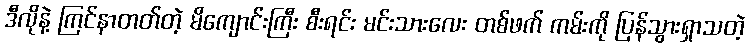
ဒီလိုနဲ့ ကြင်နာတတ်တဲ့ မိကျောင်းကြီး စီးရင်း မင်းသားလေး တစ်ဖက် ကမ်းကို ပြန်သွားရှာသတဲ့